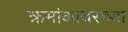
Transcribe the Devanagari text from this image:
क्रमांकावरच्या